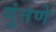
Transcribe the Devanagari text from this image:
गुंतणे